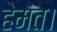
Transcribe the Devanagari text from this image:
हेमंत।